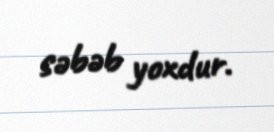
səbəb yoxdur.